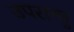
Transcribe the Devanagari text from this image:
उपरान्तु